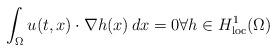
LaTeX: \begin{align*}\int_\Omega u(t,x)\cdot\nabla h(x) \, dx = 0 \forall h\in H^1_{\rm loc}(\Omega) \end{align*}